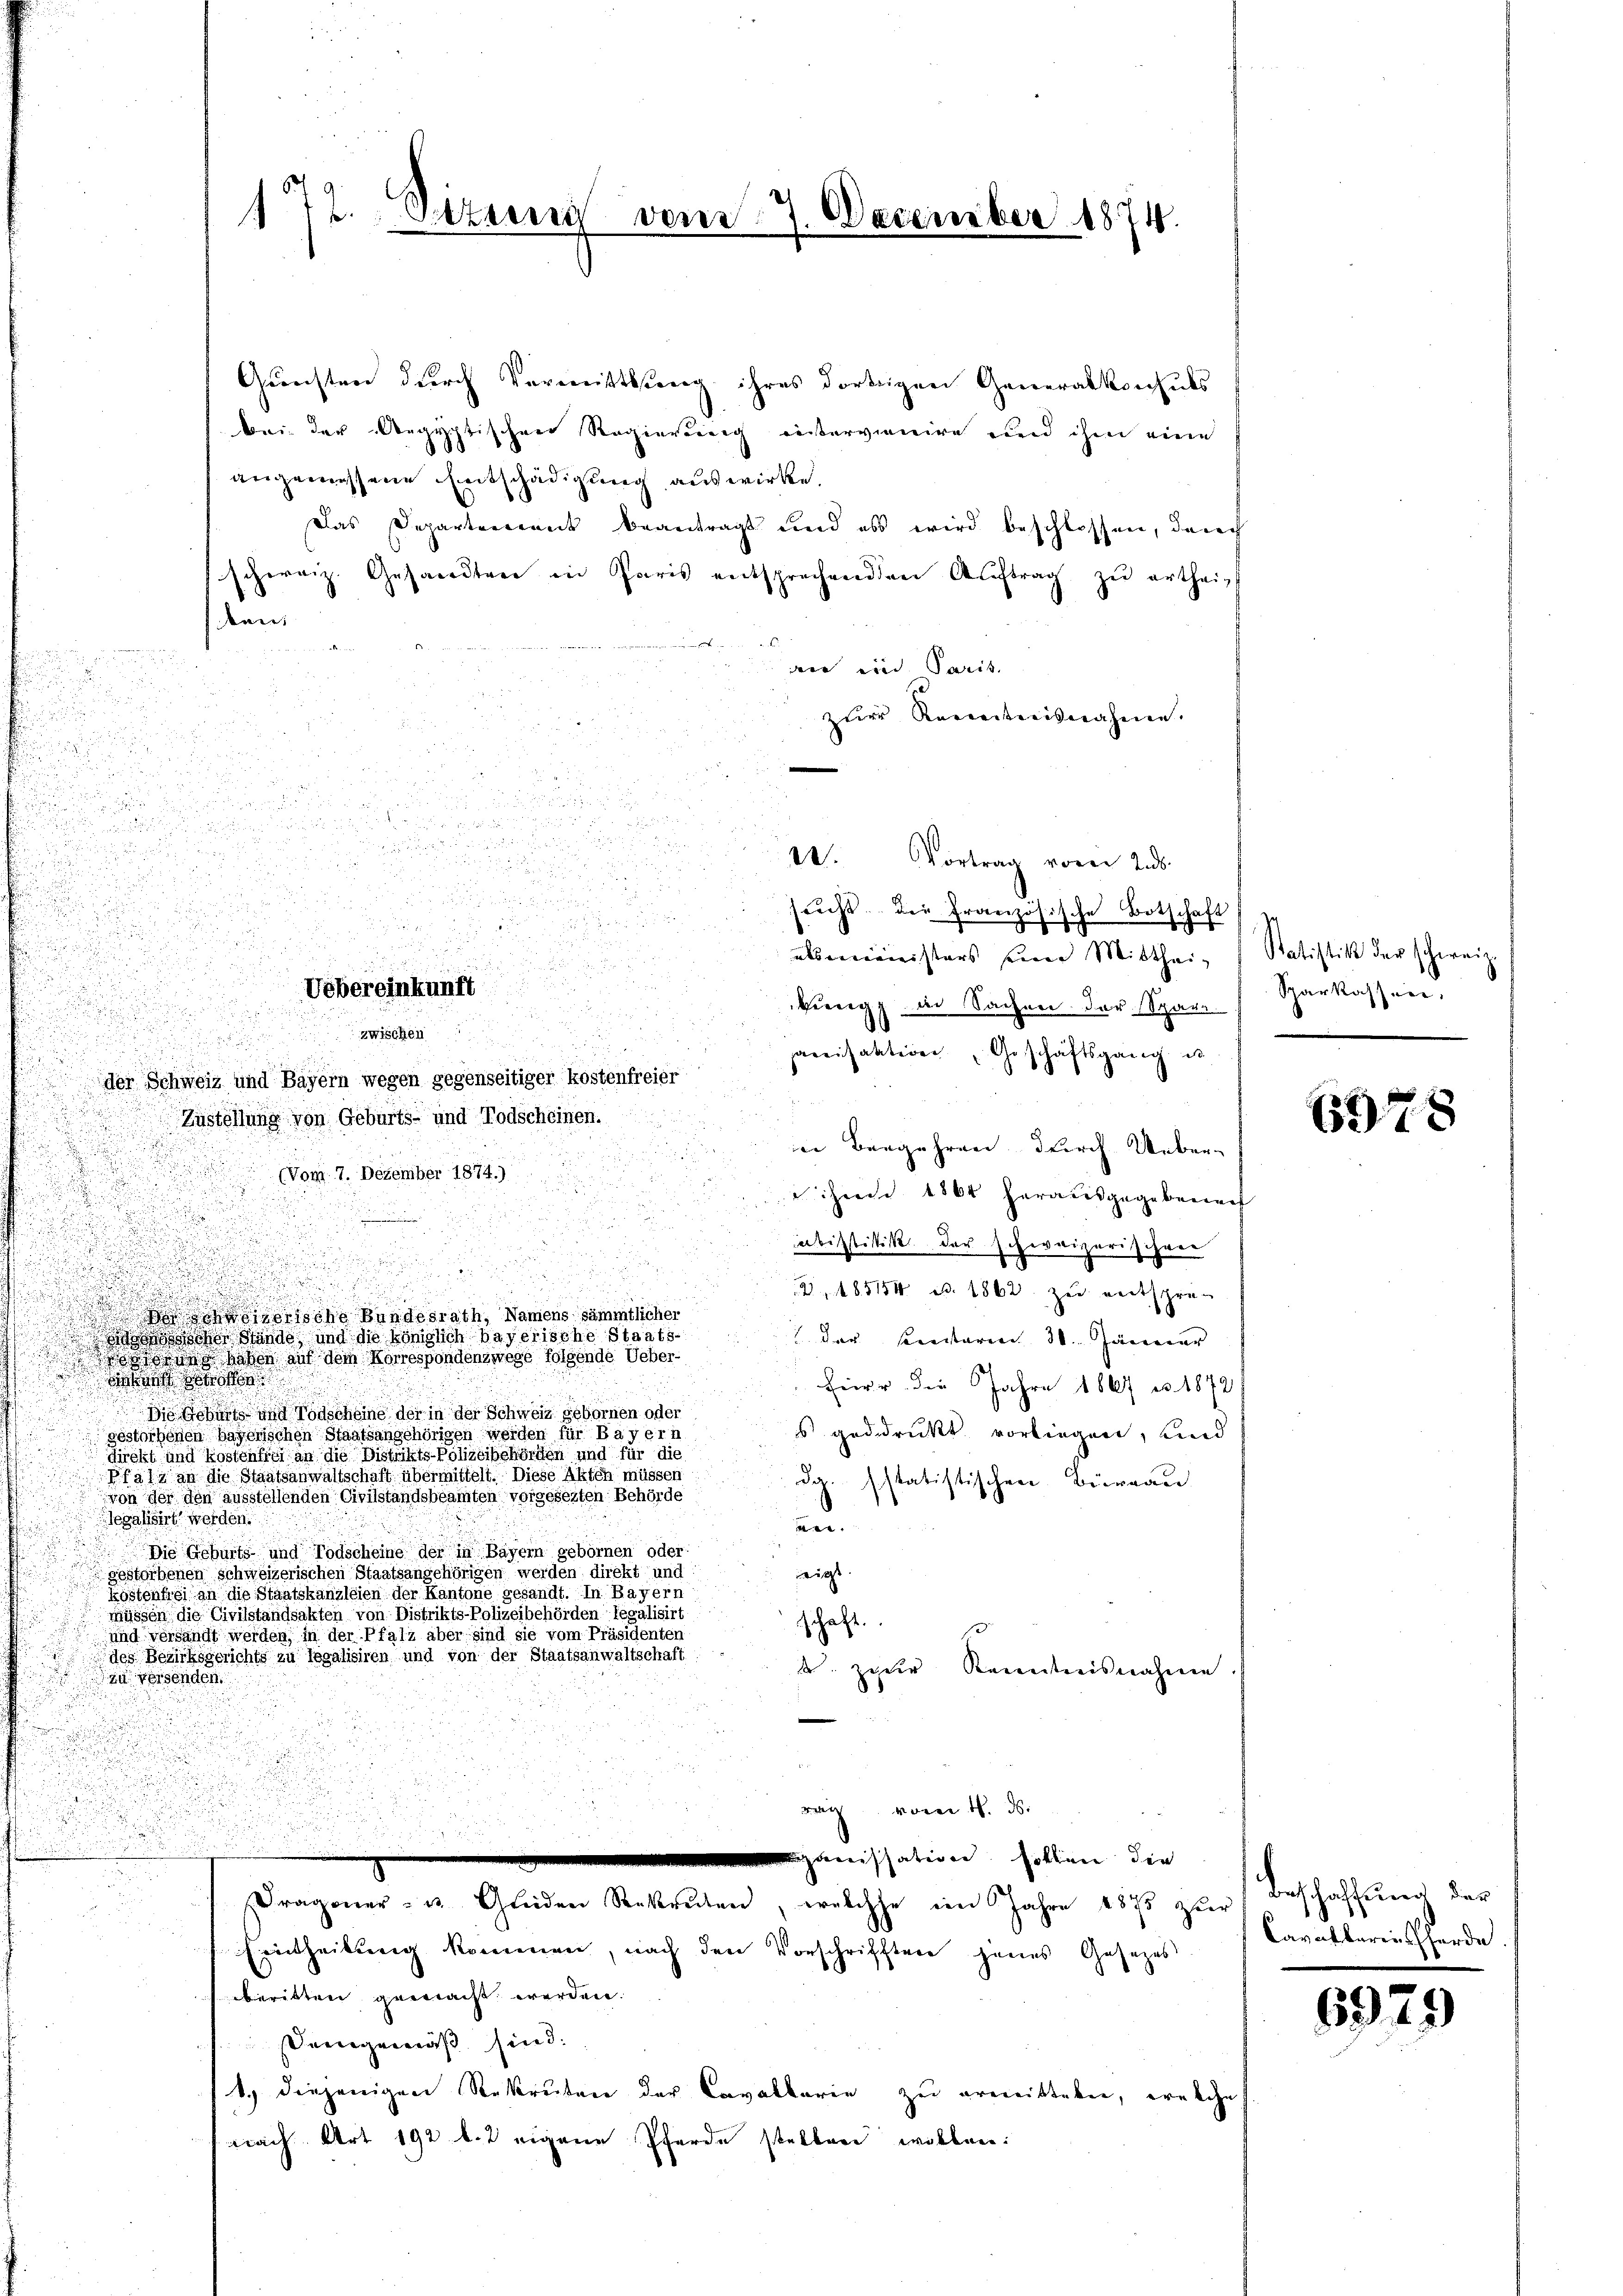
Questen durch Vermittlung ihres dortigen Generalkonsuls
bei der Aegyptischen Regierung eintervenire und ihm eine
angemessene Entschädigung auswirke.
Das Departenannt beantragt und es wird beschlossen, danach
schweiz. Gesandten in Paris entsprechenden Auftrag zu ertheien
 ein Paris
s
zur Revertreisnahme.

u

e
u

2. Vortrag voren Zus

.

tracht. Die Französische Botschaft

u
alsministers eine Mitthei- |

begg in Sachen der Spare
pacifaktion, Geschäftsgang u
der Schweiz und Bayern wegen gegenseitiger kostenfreier
Zustellung von Geburts- und Todscheinen.
in Begehren durch Ueber-
 ihre 1864 herausgegebenach
ubististik der schweizerischen
2, 485154 n 1862 zu entspre

irische Bundesrath, Namens sämmtlicher
ssche Stände, und die königlich bayerische Staats-
1 der Breitarien 30. Jänner
dran haben auf dem Korrespondenzwege folgende Ueber-
dant geboten
Eier die Jahre 1867 u. 1872
Die Wehnt und Todscheine der in der Schweiz gebornen oder
s gedruckt vorliegen, und
gestorbenen bayerischen Staatsangehörigen werden für Bayern
direkt und kosten hier an die Distrikts-Polizeibehörden und für die
Pfalz an die Staatsanwaltschaft übermittelt. Diese Akten müssen
da. Estatistischen Büreau
von der den ausstellenden Civilstandsbeamten vorgesezten Behörde
legalisirt werden.
.
Die Geburts und Todscheine der in Bayern gebornen oder
gestorbenen schweizerischen Staatsangehörigen werden direkt und
zeigt.
köstenfrei an die Staatskanzleien der Kantone gesandt. In Bayern
müssen die Civilstandsakten von Distrikts-Polizeibehörden legalisirt
schaft.
und versandt werden, in der Pfalz aber sind sie vom Präsidenten
des Bezirksgerichts zu legalisiren und von der Staatsanwaltschaft
. zur Kenntnisnahme.
zu versenden.
B von d
aissation sollen die
Dragoner- u. Gliden Rekruten, welche im Jahre 1873 zur
Eintheilung kommen, nach den Vorschrifften jenes Gesezes
britten gewacht werden.
Demgemäß sind.
1.) diejenigen Rekruten der Cavallarin zu erweisteten, welche
nach Art 192 l. 2 eigene Pferde stellen wollen:

12. Seiten von

e

zwischen

Vobereinkunft

(Vom. 7. Dezember 1874.)

7. December 1874.

Ratistik der schweiz
Sparkassen.

678

Beschaffung der
Caratbaries herde.

69.